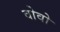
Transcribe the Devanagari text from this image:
वोवो